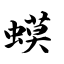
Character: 蟆